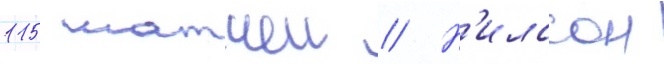
115 матчеи // Н'илссон